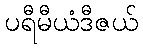
ပရီမီယံဒီဇယ်